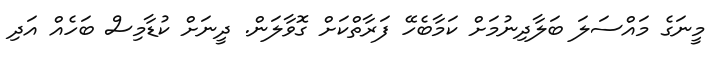
މީނަގެ މައްސަލަ ބަލާދިނުމަށް ކަމާބެހޭ ފަރާތްކަށް ގޮވާލަން. ދީނަށް ކުޑާމިސް ބަހެއް އަދި